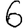
Digit: 6